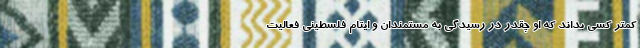
کمتر کسی بداند که او چقدر در رسیدگی به مستمندان و ایتام فلسطینی فعالیت